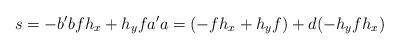
LaTeX: \begin{align*}s=-b^\prime bfh_x+h_yfa^\prime a=(-fh_x+h_yf)+d(-h_yfh_x)\end{align*}